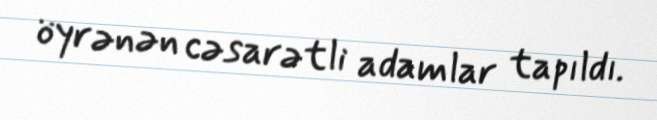
öyrənən cəsarətli adamlar tapıldı.